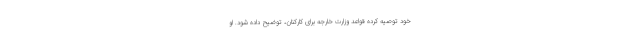
خود توصیه کرده قواعد وزارت خارجه برای کارکنان، توضیح داده شود. او